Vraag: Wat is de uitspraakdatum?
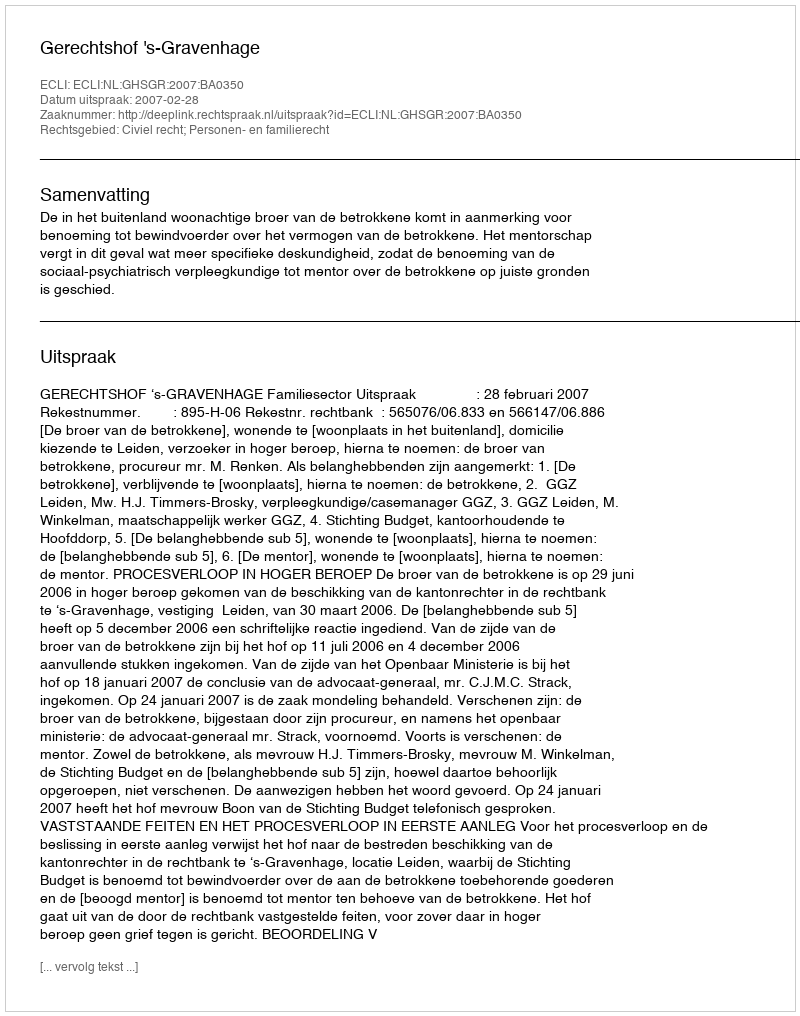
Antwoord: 2007-02-28